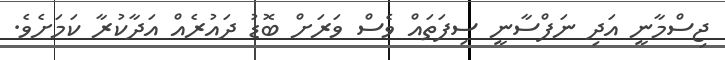
ޖިސްމާނީ އަދި ނަފްސާނީ ސިފަތައް ވެސް ވަރަށް ބޮޑު ދައުރެއް އަދާކުރާ ކަމަށެވެ.